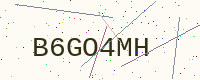
Text: B6GO4MH